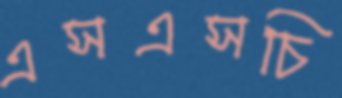
এসএসচি